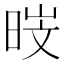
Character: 𮲣